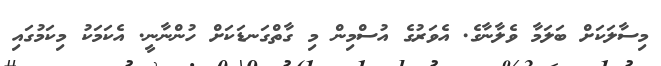
މިސާލަކަށް ބަލަމާ ވެލާނާގެ. އެވަރުގެ އުސްމިން މި ގާތްގަނޑަކަށް ހުންނާނީ. އެކަމަކު މިކަމުގައި